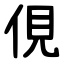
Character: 俔